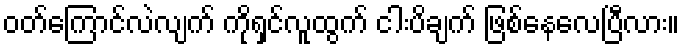
ဝတ်ကြောင်လဲလျက် ကိုရှင်လူထွက် ငါးပိချက် ဖြစ်နေလေပြီလား။